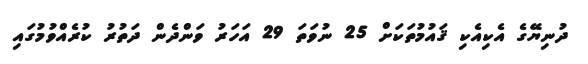
ދުނިޔޭގެ އެކިއެކި ޤައުމުތަކަށް 25 ނުވަތަ 29 އަހަރު ވަންދެން ދަތުރު ކުރެއްވުމުގައި